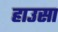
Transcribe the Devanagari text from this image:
हाउसा